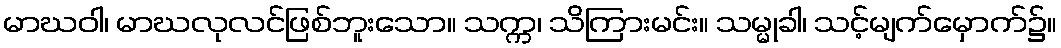
မာဃဝါ၊ မာဃလုလင်ဖြစ်ဘူးသော။ သက္က၊ သိကြားမင်း။ သမ္မုခါ၊ သင့်မျက်မှောက်၌။